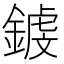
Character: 𨪝